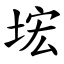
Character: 㙆